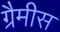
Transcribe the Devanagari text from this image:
ग्रैमीस